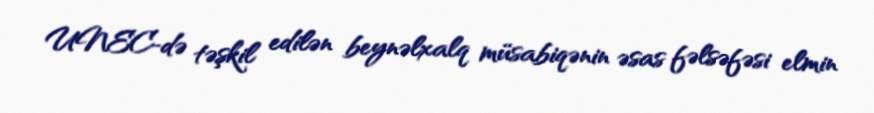
UNEC-də təşkil edilən beynəlxalq müsabiqənin əsas fəlsəfəsi elmin